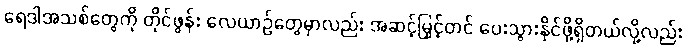
ရေဒါအသစ်တွေကို တိုင်ဖွန်း လေယာဉ်တွေမှာလည်း အဆင့်မြှင့်တင် ပေးသွားနိုင်ဖို့ရှိတယ်လို့လည်း